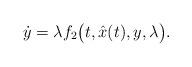
LaTeX: \begin{align*} \dot y = \lambda f_2\big(t, \hat x(t), y, \lambda\big).\end{align*}